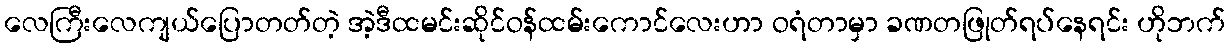
လေကြီးလေကျယ်ပြောတတ်တဲ့ အဲ့ဒီထမင်းဆိုင်ဝန်ထမ်းကောင်လေးဟာ ဝရံတာမှာ ခဏတဖြုတ်ရပ်နေရင်း ဟိုဘက်